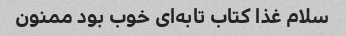
سلام غذا کتاب تابه‌ای خوب بود ممنون